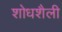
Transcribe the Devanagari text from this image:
शोधशैली